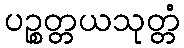
ပဉ္စတ္တယသုတ္တံ